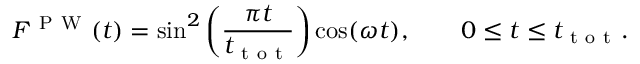
F ^ { \mathrm { ~ P ~ W ~ } } ( t ) = \sin ^ { 2 } \left( \frac { \pi t } { t _ { \mathrm { ~ t ~ o ~ t ~ } } } \right) \cos ( \omega t ) , \qquad 0 \leq t \leq t _ { \mathrm { ~ t ~ o ~ t ~ } } .